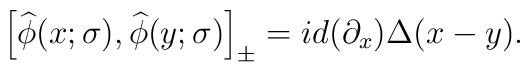
\left[ {\widehat{ \phi }  (x;\sigma ),\widehat{ \phi }(y;\sigma )} \right]_\pm =id (\partial _x)\Delta (x-y).